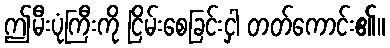
ဤမီးပုံကြီးကို ငြိမ်းစေခြင်းငှါ တတ်ကောင်း၏။